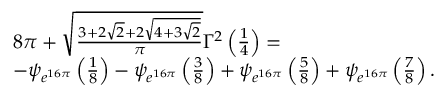
\begin{array} { r l } & { 8 \pi + \sqrt { \frac { 3 + 2 \sqrt { 2 } + 2 \sqrt { 4 + 3 \sqrt { 2 } } } { \pi } } \Gamma ^ { 2 } \left( \frac { 1 } { 4 } \right) = } \\ & { - \psi _ { e ^ { 1 6 \pi } } \left( \frac { 1 } { 8 } \right) - \psi _ { e ^ { 1 6 \pi } } \left( \frac { 3 } { 8 } \right) + \psi _ { e ^ { 1 6 \pi } } \left( \frac { 5 } { 8 } \right) + \psi _ { e ^ { 1 6 \pi } } \left( \frac { 7 } { 8 } \right) . } \end{array}